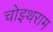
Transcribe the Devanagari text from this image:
चोइथराम